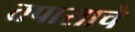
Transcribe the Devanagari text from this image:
तपासाचे